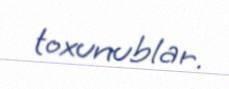
toxunublar.